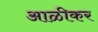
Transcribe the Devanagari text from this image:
आळीकर